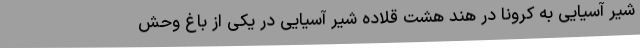
شیر آسیایی به کرونا در هند هشت قلاده شیر آسیایی در یکی از باغ وحش